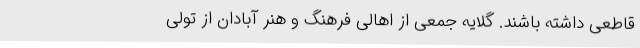
قاطعی داشته باشند. گلایه جمعی از اهالی فرهنگ و هنر آبادان از تولی